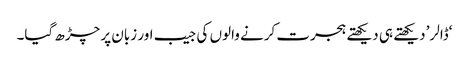
‘ڈالر’ دیکھتے ہی دیکھتے ہجرت کرنے والوں کی جیب اور زبان پر چڑھ گیا۔